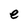
Character: e